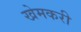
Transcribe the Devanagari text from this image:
खेमकरी